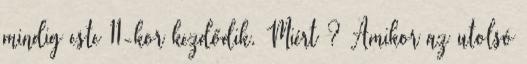
mindig este 11-kor kezdődik. Miért ? Amikor az utolsó